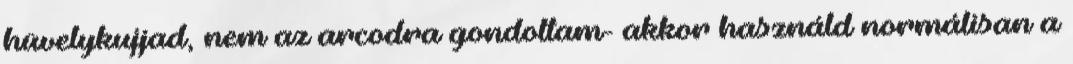
hüvelykujjad, nem az arcodra gondoltam- akkor használd normálisan a